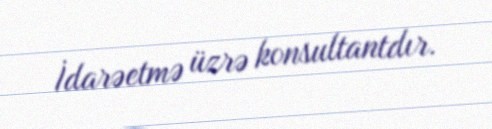
İdarəetmə üzrə konsultantdır.